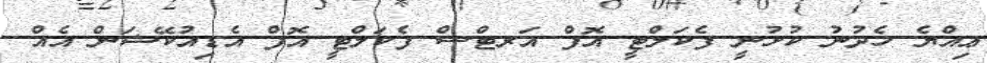
ޢިއްޔެ ހެދުނު ކުޅުނީ ފެކަލްޓީ އޮފް އަރޓްސް ފެކަލްޓީ އޮފް އެޑިއުކޭޝަން އެއް